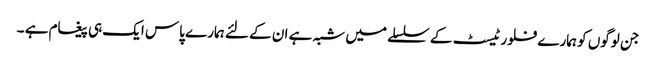
جن لوگوں کو ہمارے فلور ٹیسٹ کے سلسلے میں شبہ ہے ان کے لئے ہمارے پاس ایک ہی پیغام ہے ۔